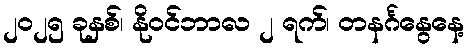
၂၀၂၅ ခုနှစ်၊ နိုဝင်ဘာလ ၂ ရက်၊ တနင်္ဂနွေနေ့